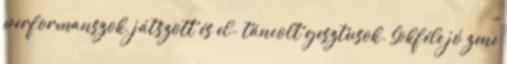
performanszok, játszott és el- táncolt gesztusok. Sokféle jó zene